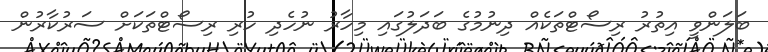
ބަލަންވީ އިތުރު ރިސޯޓްތަކެއް ދިނުމުގެ ބަދަލުގައި މިހާރު ނުހެދި ހުރި ރިސޯޓްތަކަށް ސަރުކާރުން